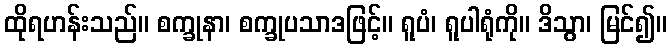
ထိုရဟန်းသည်။ စက္ခုနာ၊ စက္ခုပသာဒဖြင့်။ ရူပံ၊ ရူပါရုံကို။ ဒိသွာ၊ မြင်၍။